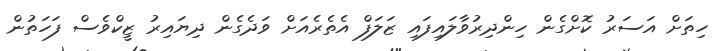
ހިތަށް އަސަރު ކޮށްގެން ހިންދިރުވާލައިފައި ޒަލަފް އެތެރެއަށް ވަދެގެން ދިޔައިރު ޒީކްވެސް ފަހަތުން